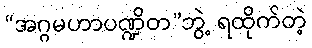
“အဂ္ဂမဟာပဏ္ဍိတ”ဘွဲ့ ရထိုက်တဲ့